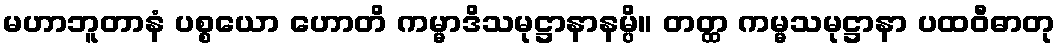
မဟာဘူတာနံ ပစ္စယော ဟောတိ ကမ္မာဒိသမုဋ္ဌာနာနမ္ပိ။ တတ္ထ ကမ္မသမုဋ္ဌာနာ ပထဝီဓာတု